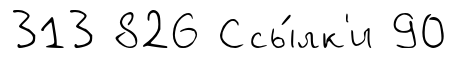
313 826 Ссы́лк'и 90